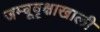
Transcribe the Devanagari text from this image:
जम्बूवृक्षाखाली